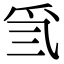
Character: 𤓸